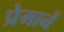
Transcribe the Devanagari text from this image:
प्रेमानें